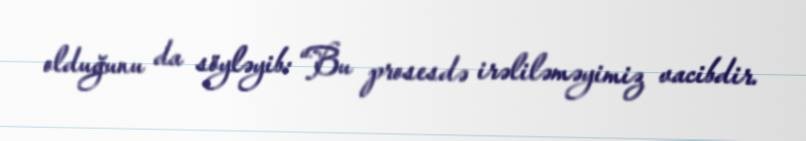
olduğunu da söyləyib: “Bu prosesdə irəliləməyimiz vacibdir.